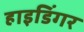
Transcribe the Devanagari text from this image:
हाइडिंगर